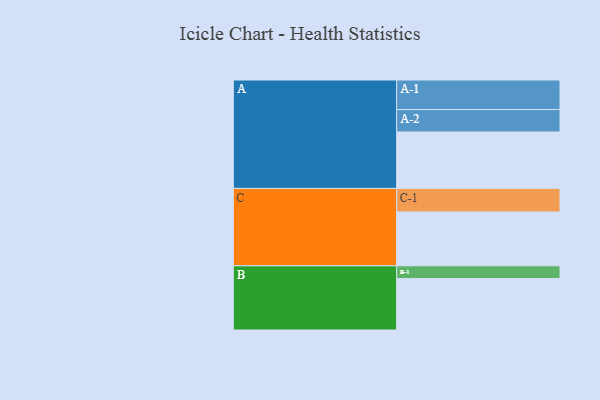
{"axis": {"x": "Segment", "y": "Value"}, "legend": ["", "A", "B", "C"], "data": [{"x": "A", "y": 540, "type": ""}, {"x": "B", "y": 492, "type": ""}, {"x": "C", "y": 515, "type": ""}, {"x": "A-1", "y": 283, "type": "A"}, {"x": "A-2", "y": 214, "type": "A"}, {"x": "B-1", "y": 122, "type": "B"}, {"x": "C-1", "y": 225, "type": "C"}]}